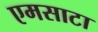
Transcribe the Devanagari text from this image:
एमसाटा